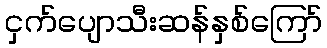
ငှက်ပျောသီးဆန်နှစ်ကြော်